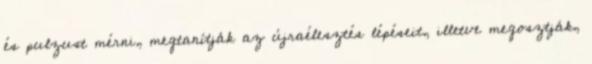
és pulzust mérni, megtanítják az újraélesztés lépéseit, illetve megosztják,